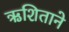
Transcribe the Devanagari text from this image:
ऋशिताने